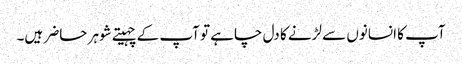
آپ کا انسانوں سے لڑنے کا دل چاہے تو آپ کے چہیتے شوہر حاضر ہیں۔